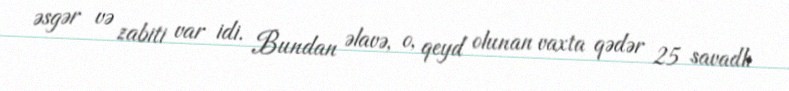
əsgər və zabiti var idi. Bundan əlavə, o, qeyd olunan vaxta qədər 25 savadlı